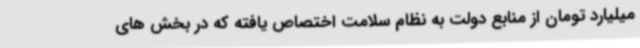
میلیارد تومان از منابع دولت به نظام سلامت اختصاص یافته که در بخش های